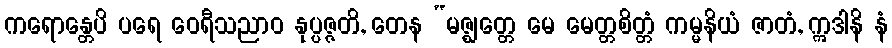
ကရောန္တေပိ ပရေ ဝေရီသညာဝ နုပ္ပဇ္ဇတိ, တေန “မဇ္ဈတ္တေ မေ မေတ္တစိတ္တံ ကမ္မနိယံ ဇာတံ, ဣဒါနိ နံ